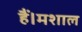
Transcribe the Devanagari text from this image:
हैं।मशाल